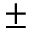
\pm { }